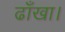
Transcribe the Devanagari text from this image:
ढाँखा।